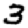
Digit: 3